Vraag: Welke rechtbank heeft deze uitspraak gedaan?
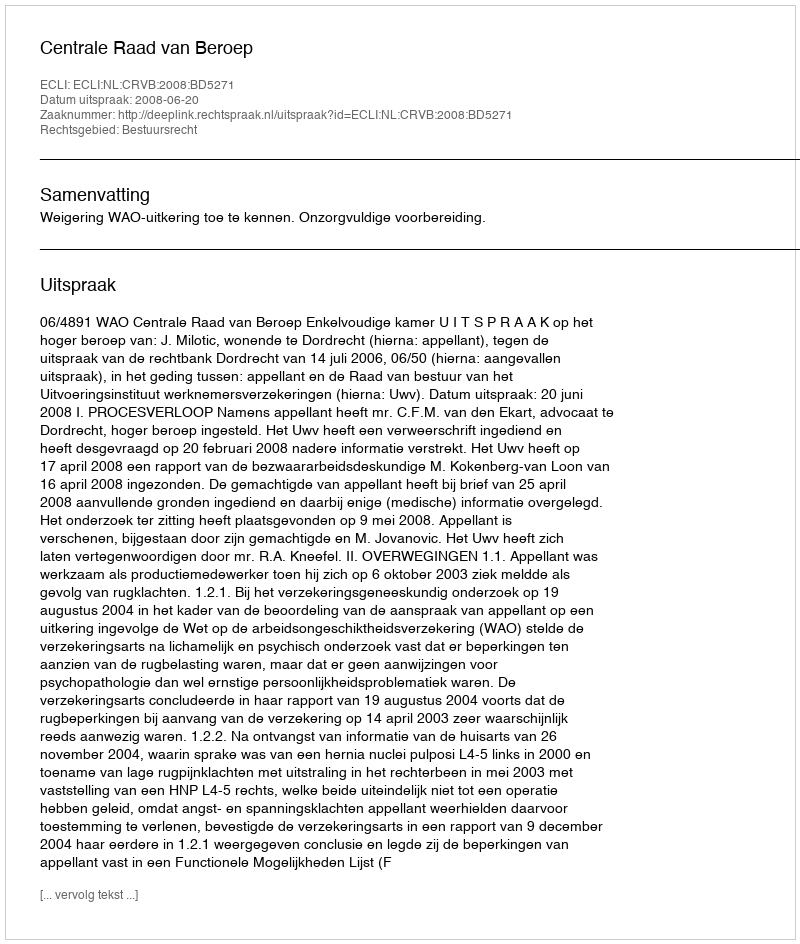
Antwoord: Centrale Raad van Beroep